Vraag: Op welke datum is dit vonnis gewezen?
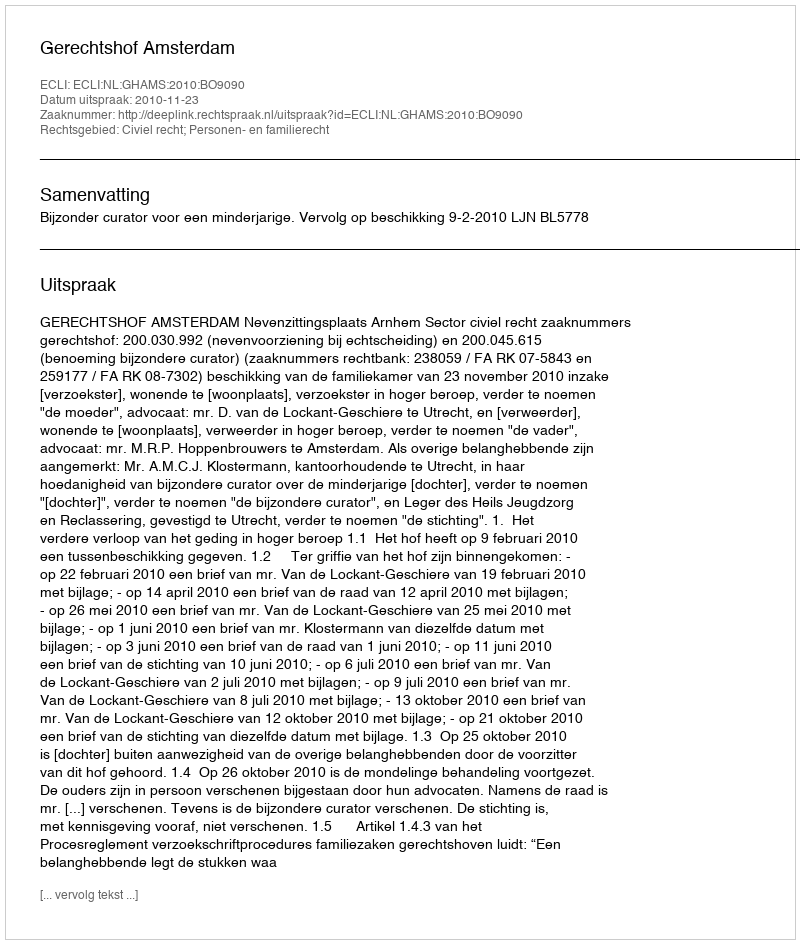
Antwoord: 2010-11-23